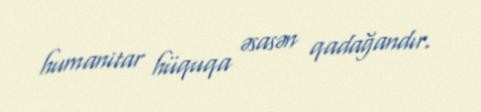
humanitar hüquqa əsasən qadağandır.